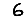
Digit: 6